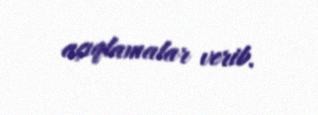
açıqlamalar verib.